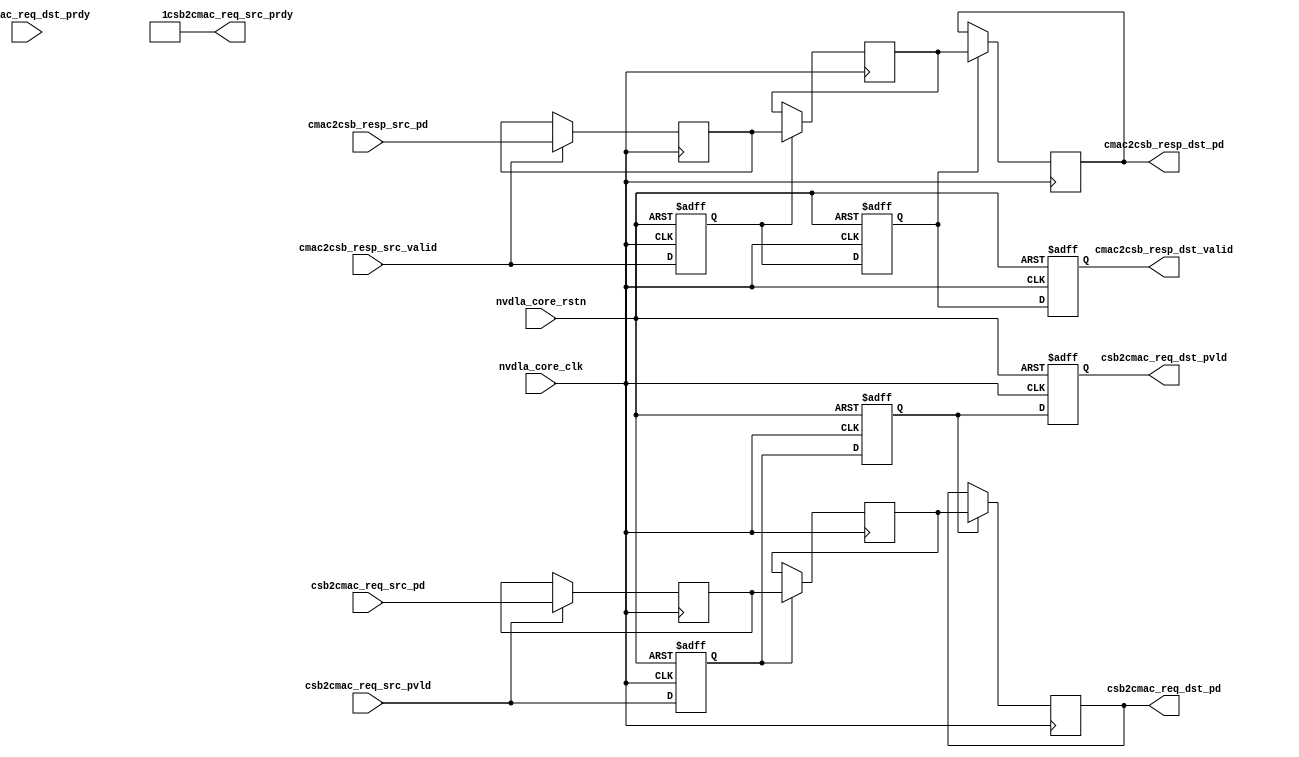
// ================================================================
// NVDLA Open Source Project
//
// Copyright(c) 2016 - 2017 NVIDIA Corporation. Licensed under the
// NVDLA Open Hardware License; Check "LICENSE" which comes with
// this distribution for more information.
// ================================================================
module NV_NVDLA_RT_csb2cmac (
   nvdla_core_clk
  ,nvdla_core_rstn
  ,csb2cmac_req_src_pvld
  ,csb2cmac_req_src_prdy
  ,csb2cmac_req_src_pd
  ,cmac2csb_resp_src_valid
  ,cmac2csb_resp_src_pd
  ,csb2cmac_req_dst_pvld
  ,csb2cmac_req_dst_prdy
  ,csb2cmac_req_dst_pd
  ,cmac2csb_resp_dst_valid
  ,cmac2csb_resp_dst_pd
  );
//
// NV_NVDLA_RT_csb2cmac_ports.v
//
input nvdla_core_clk;
input nvdla_core_rstn;
input csb2cmac_req_src_pvld; /* data valid */
output csb2cmac_req_src_prdy; /* data return handshake */
input [62:0] csb2cmac_req_src_pd;
input cmac2csb_resp_src_valid; /* data valid */
input [33:0] cmac2csb_resp_src_pd; /* pkt_id_width=1 pkt_widths=33,33  */
output csb2cmac_req_dst_pvld; /* data valid */
input csb2cmac_req_dst_prdy; /* data return handshake */
output [62:0] csb2cmac_req_dst_pd;
output cmac2csb_resp_dst_valid; /* data valid */
output [33:0] cmac2csb_resp_dst_pd; /* pkt_id_width=1 pkt_widths=33,33  */
wire [33:0] cmac2csb_resp_pd_d0;
wire cmac2csb_resp_valid_d0;
wire [62:0] csb2cmac_req_pd_d0;
wire csb2cmac_req_pvld_d0;
reg [33:0] cmac2csb_resp_pd_d1;
reg [33:0] cmac2csb_resp_pd_d2;
reg [33:0] cmac2csb_resp_pd_d3;
reg cmac2csb_resp_valid_d1;
reg cmac2csb_resp_valid_d2;
reg cmac2csb_resp_valid_d3;
reg [62:0] csb2cmac_req_pd_d1;
reg [62:0] csb2cmac_req_pd_d2;
reg [62:0] csb2cmac_req_pd_d3;
reg csb2cmac_req_pvld_d1;
reg csb2cmac_req_pvld_d2;
reg csb2cmac_req_pvld_d3;
assign csb2cmac_req_src_prdy = 1'b1;
assign csb2cmac_req_pvld_d0 = csb2cmac_req_src_pvld;
assign csb2cmac_req_pd_d0 = csb2cmac_req_src_pd;
assign cmac2csb_resp_valid_d0 = cmac2csb_resp_src_valid;
assign cmac2csb_resp_pd_d0 = cmac2csb_resp_src_pd;
always @(posedge nvdla_core_clk or negedge nvdla_core_rstn) begin
  if (!nvdla_core_rstn) begin
    csb2cmac_req_pvld_d1 <= 1'b0;
  end else begin
  csb2cmac_req_pvld_d1 <= csb2cmac_req_pvld_d0;
  end
end
always @(posedge nvdla_core_clk) begin
  if ((csb2cmac_req_pvld_d0) == 1'b1) begin
    csb2cmac_req_pd_d1 <= csb2cmac_req_pd_d0;
// VCS coverage off
  end else if ((csb2cmac_req_pvld_d0) == 1'b0) begin
  end else begin
    csb2cmac_req_pd_d1 <= 'bx; // spyglass disable STARC-2.10.1.6 W443 NoWidthInBasedNum-ML -- (Constant containing x or z used, Based number `bx contains an X, Width specification missing for based number)
// VCS coverage on
  end
end
always @(posedge nvdla_core_clk or negedge nvdla_core_rstn) begin
  if (!nvdla_core_rstn) begin
    cmac2csb_resp_valid_d1 <= 1'b0;
  end else begin
  cmac2csb_resp_valid_d1 <= cmac2csb_resp_valid_d0;
  end
end
always @(posedge nvdla_core_clk) begin
  if ((cmac2csb_resp_valid_d0) == 1'b1) begin
    cmac2csb_resp_pd_d1 <= cmac2csb_resp_pd_d0;
// VCS coverage off
  end else if ((cmac2csb_resp_valid_d0) == 1'b0) begin
  end else begin
    cmac2csb_resp_pd_d1 <= 'bx; // spyglass disable STARC-2.10.1.6 W443 NoWidthInBasedNum-ML -- (Constant containing x or z used, Based number `bx contains an X, Width specification missing for based number)
// VCS coverage on
  end
end
always @(posedge nvdla_core_clk or negedge nvdla_core_rstn) begin
  if (!nvdla_core_rstn) begin
    csb2cmac_req_pvld_d2 <= 1'b0;
  end else begin
  csb2cmac_req_pvld_d2 <= csb2cmac_req_pvld_d1;
  end
end
always @(posedge nvdla_core_clk) begin
  if ((csb2cmac_req_pvld_d1) == 1'b1) begin
    csb2cmac_req_pd_d2 <= csb2cmac_req_pd_d1;
// VCS coverage off
  end else if ((csb2cmac_req_pvld_d1) == 1'b0) begin
  end else begin
    csb2cmac_req_pd_d2 <= 'bx; // spyglass disable STARC-2.10.1.6 W443 NoWidthInBasedNum-ML -- (Constant containing x or z used, Based number `bx contains an X, Width specification missing for based number)
// VCS coverage on
  end
end
always @(posedge nvdla_core_clk or negedge nvdla_core_rstn) begin
  if (!nvdla_core_rstn) begin
    cmac2csb_resp_valid_d2 <= 1'b0;
  end else begin
  cmac2csb_resp_valid_d2 <= cmac2csb_resp_valid_d1;
  end
end
always @(posedge nvdla_core_clk) begin
  if ((cmac2csb_resp_valid_d1) == 1'b1) begin
    cmac2csb_resp_pd_d2 <= cmac2csb_resp_pd_d1;
// VCS coverage off
  end else if ((cmac2csb_resp_valid_d1) == 1'b0) begin
  end else begin
    cmac2csb_resp_pd_d2 <= 'bx; // spyglass disable STARC-2.10.1.6 W443 NoWidthInBasedNum-ML -- (Constant containing x or z used, Based number `bx contains an X, Width specification missing for based number)
// VCS coverage on
  end
end
always @(posedge nvdla_core_clk or negedge nvdla_core_rstn) begin
  if (!nvdla_core_rstn) begin
    csb2cmac_req_pvld_d3 <= 1'b0;
  end else begin
  csb2cmac_req_pvld_d3 <= csb2cmac_req_pvld_d2;
  end
end
always @(posedge nvdla_core_clk) begin
  if ((csb2cmac_req_pvld_d2) == 1'b1) begin
    csb2cmac_req_pd_d3 <= csb2cmac_req_pd_d2;
// VCS coverage off
  end else if ((csb2cmac_req_pvld_d2) == 1'b0) begin
  end else begin
    csb2cmac_req_pd_d3 <= 'bx; // spyglass disable STARC-2.10.1.6 W443 NoWidthInBasedNum-ML -- (Constant containing x or z used, Based number `bx contains an X, Width specification missing for based number)
// VCS coverage on
  end
end
always @(posedge nvdla_core_clk or negedge nvdla_core_rstn) begin
  if (!nvdla_core_rstn) begin
    cmac2csb_resp_valid_d3 <= 1'b0;
  end else begin
  cmac2csb_resp_valid_d3 <= cmac2csb_resp_valid_d2;
  end
end
always @(posedge nvdla_core_clk) begin
  if ((cmac2csb_resp_valid_d2) == 1'b1) begin
    cmac2csb_resp_pd_d3 <= cmac2csb_resp_pd_d2;
// VCS coverage off
  end else if ((cmac2csb_resp_valid_d2) == 1'b0) begin
  end else begin
    cmac2csb_resp_pd_d3 <= 'bx; // spyglass disable STARC-2.10.1.6 W443 NoWidthInBasedNum-ML -- (Constant containing x or z used, Based number `bx contains an X, Width specification missing for based number)
// VCS coverage on
  end
end
assign csb2cmac_req_dst_pvld = csb2cmac_req_pvld_d3;
assign csb2cmac_req_dst_pd = csb2cmac_req_pd_d3;
assign cmac2csb_resp_dst_valid = cmac2csb_resp_valid_d3;
assign cmac2csb_resp_dst_pd = cmac2csb_resp_pd_d3;
endmodule // NV_NVDLA_RT_csb2cmac